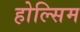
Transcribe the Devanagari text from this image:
होल्सिम